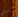
لي